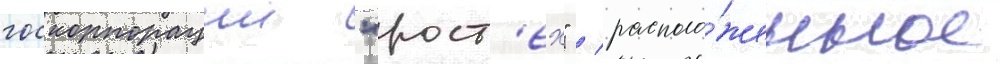
госкорпорации "рост'ех" / располо́женное